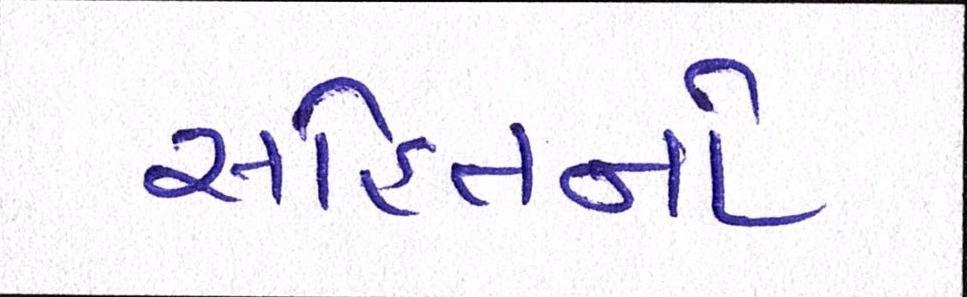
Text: સહિતનો